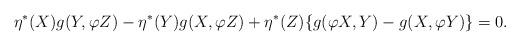
LaTeX: \begin{align*}\eta^{\ast}(X)g(Y,\varphi Z)-\eta^{\ast}(Y)g(X,\varphi Z)+\eta^{\ast}(Z)\{g(\varphi X,Y)-g(X,\varphi Y)\}=0.\end{align*}